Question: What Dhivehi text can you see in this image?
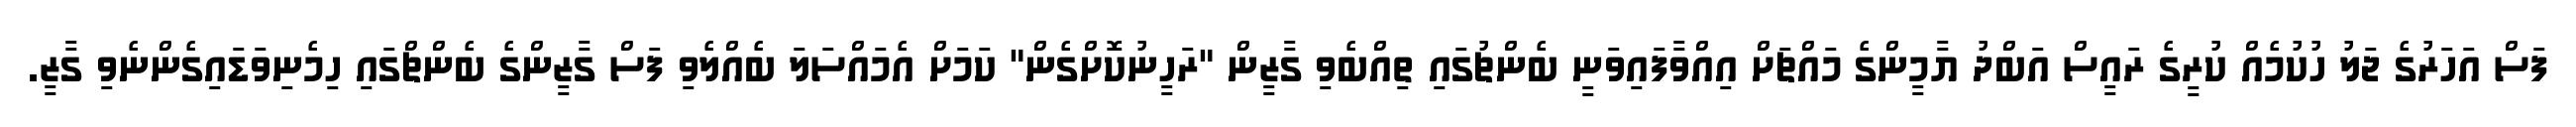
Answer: ފަސް އަހަރުގެ ޖަލު ހުކުމެއް ކުރީގެ ރައީސް އަބްދު ޔާމީންގެ މައްޗަށް އިއްވާފައިވަނީ ބެންޗުގައި ތިއްބެވި ގާޒީން "ރަހީނުކޮށްގެން" ކަމަށް އެމައްސަލަ ބެއްލެވި ފަސް ގާޒީންގެ ބެންޗްގައި ހިމެނިވަޑައިގެންނެވި ގާޒީ.